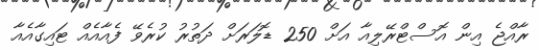
ރާއްޖެ އިން އޮސްޓްރޭލިއާ އަށް 250 ޑޮލަރަށް ދަތުރު ކުރެވޭ ފެއާއެއް ޓައިގާއެއާ